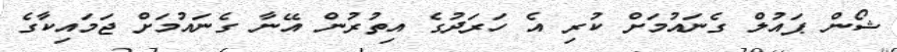
ޝޯން ޕައުލް ގެނައުމަށް ކުރި އެ ހަރަދުގެ އިތުރުން އޭނާ ގެނައުމަށް ޖަމައިކާގެ